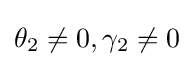
\theta _{2}\neq 0,\gamma _{2}\neq 0